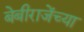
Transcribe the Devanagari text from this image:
बेबीराजेंच्या